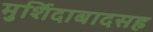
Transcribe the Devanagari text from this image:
मुर्शिदाबादसह